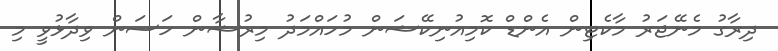
ދިރާގު މެނޭޖަރު މާކެޓިން އެންޑް ކޮމިއުނިކޭޝަން މުހައްމަދު މިރުޝާން ހަސަން ވިދާޅުވީ މި